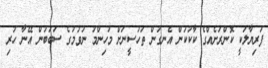
ފަރިޔާލަކީ ކޮންރަށެއްގެ ކާކުކަން އެނގުން ތަހުސީނަށް މުހިންމު ނުވުމުގެ ސަބަބުން އޭނާ ހުރި